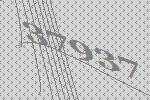
37937